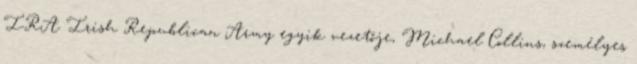
IRA Irish Republican Army egyik vezetője, Michael Collins, személyes